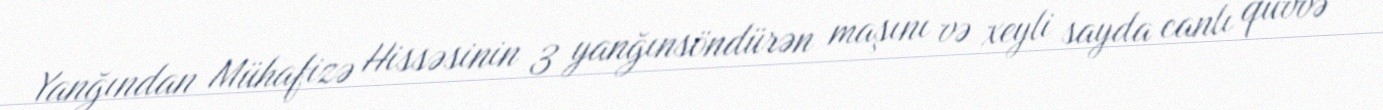
Yanğından Mühafizə Hissəsinin 3 yanğınsöndürən maşını və xeyli sayda canlı qüvvə